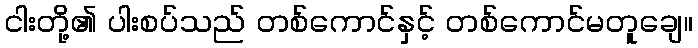
ငါးတို့၏ ပါးစပ်သည် တစ်ကောင်နှင့် တစ်ကောင်မတူချေ။